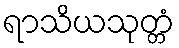
ရာသိယသုတ္တံ